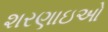
શરણાઇઓ